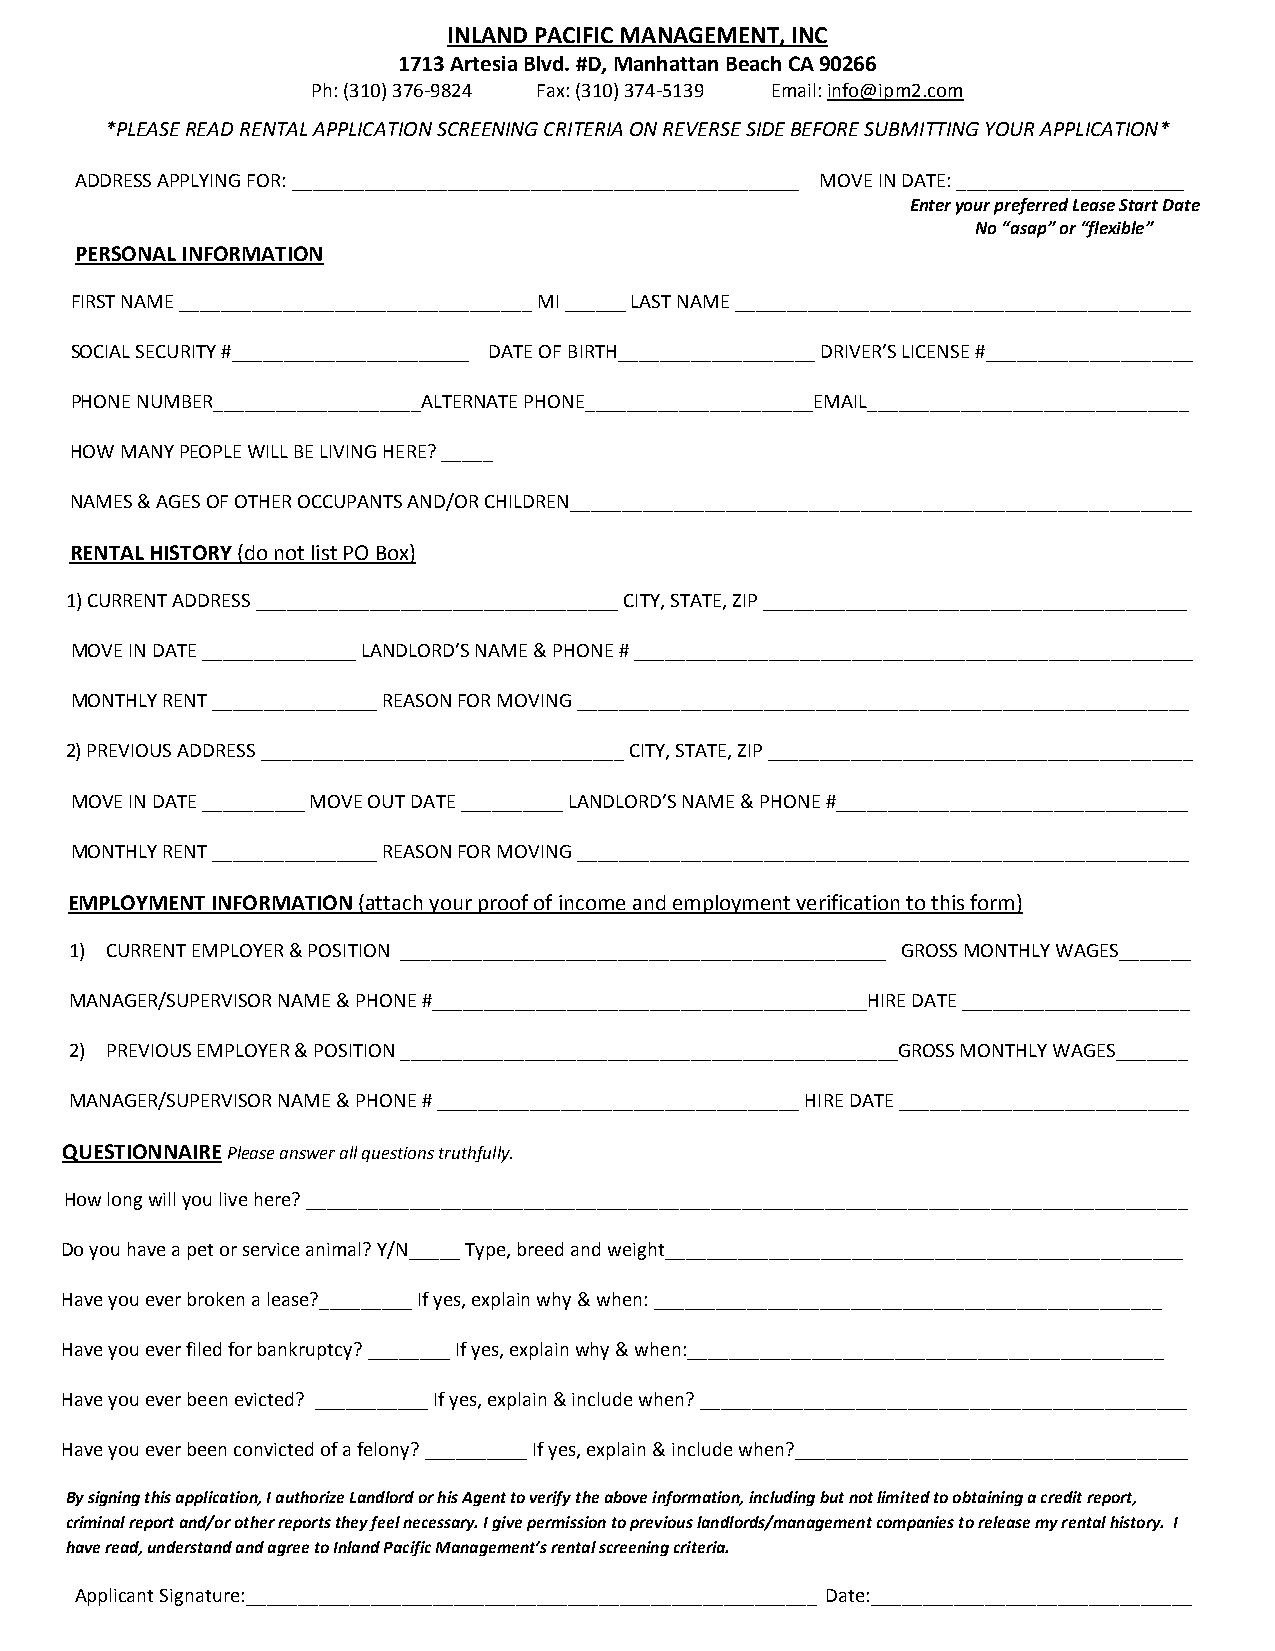
INLAND PACIFIC MANAGEMENT, INC
 1713 Artesia Blvd. #D, Manhattan Beach CA 90266
 Ph: (310) 376-9824 Fax: (310) 374-5139 Email: info@ipm2.com
 *PLEASE READ RENTAL APPLICATION SCREENING CRITERIA ON REVERSE SIDE BEFORE SUBMITTING YOUR APPLICATION*
 ADDRESS APPLYING FOR: _________________________________________________ MOVE IN DATE: ______________________
 Enter your preferred Lease Start Date
 No “asap” or “flexible”
 PERSONAL INFORMATION
 FIRST NAME __________________________________ MI ______ LAST NAME ____________________________________________
 SOCIAL SECURITY #_______________________ DATE OF BIRTH___________________ DRIVER’S LICENSE #____________________
 PHONE NUMBER____________________ALTERNATE PHONE______________________EMAIL_______________________________
 HOW MANY PEOPLE WILL BE LIVING HERE? _____
 NAMES & AGES OF OTHER OCCUPANTS AND/OR CHILDREN____________________________________________________________
 RENTAL HISTORY (do not list PO Box)
 1)CURRENT ADDRESS ___________________________________ CITY, STATE, ZIP _________________________________________
 MOVE IN DATE _______________ LANDLORD’S NAME & PHONE # ______________________________________________________
 MONTHLY RENT ________________ REASON FOR MOVING ___________________________________________________________
 2)PREVIOUS ADDRESS ___________________________________ CITY, STATE, ZIP _________________________________________
 MOVE IN DATE __________ MOVE OUT DATE __________ LANDLORD’S NAME & PHONE #__________________________________
 MONTHLY RENT ________________ REASON FOR MOVING ___________________________________________________________
 EMPLOYMENT INFORMATION (attach your proof of income and employment verification to this form)
 1) CURRENT EMPLOYER & POSITION _______________________________________________ GROSS MONTHLY WAGES_______
 MANAGER/SUPERVISOR NAME & PHONE #__________________________________________HIRE DATE ______________________
 2) PREVIOUS EMPLOYER & POSITION ________________________________________________GROSS MONTHLY WAGES_______
 MANAGER/SUPERVISOR NAME & PHONE # ___________________________________ HIRE DATE ____________________________
 QUESTIONNAIRE Please answer all questions truthfully.
 How long will you live here? _____________________________________________________________________________________
 Do you have a pet or service animal? Y/N_____ Type, breed and weight__________________________________________________
 Have you ever broken a lease?_________ If yes, explain why & when: _________________________________________________
 Have you ever filed for bankruptcy? ________ If yes, explain why & when:______________________________________________
 Have you ever been evicted? ___________ If yes, explain & include when? _______________________________________________
 Have you ever been convicted of a felony? __________ If yes, explain & include when?______________________________________
 By signing this application, I authorize Landlord or his Agent to verify the above information, including but not limited to obtaining a credit report,
 criminal report and/or other reports they feel necessary. I give permission to previous landlords/management companies to release my rental history. I
 have read, understand and agree to Inland Pacific Management’s rental screening criteria.
 Applicant Signature:_______________________________________________________ Date:_______________________________